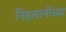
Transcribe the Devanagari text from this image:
निहलानींच्या